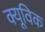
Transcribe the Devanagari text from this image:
क्यूविक